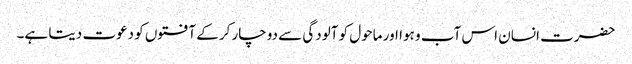
حضرت انسان اس آب و ہوا اور ماحول کو آلودگی سے دوچار کرکے آفتوں کو دعوت دیتا ہے۔